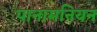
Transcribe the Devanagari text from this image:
पानामनियन